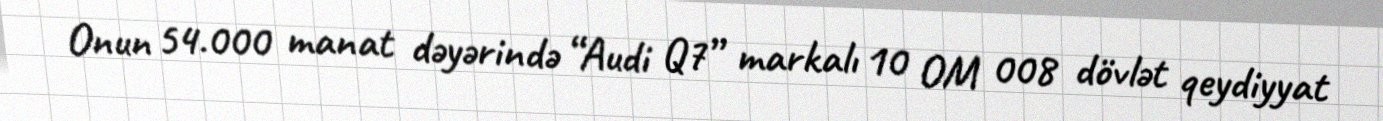
Onun 54.000 manat dəyərində “Audi Q7” markalı 10 OM 008 dövlət qeydiyyat